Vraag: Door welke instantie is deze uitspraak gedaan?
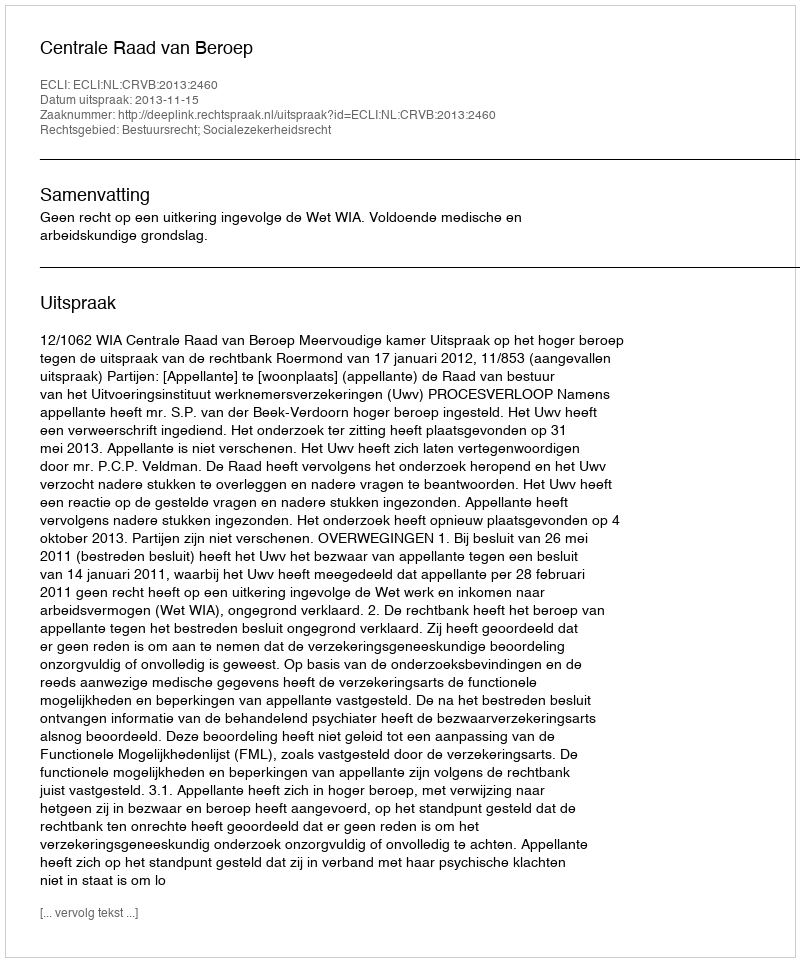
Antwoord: Centrale Raad van Beroep